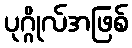
ပုဂ္ဂိုလ်အဖြစ်